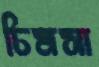
চিমসা